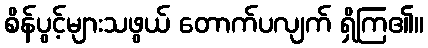
စိန်ပွင့်များသဖွယ် တောက်ပလျက် ရှိကြ၏။